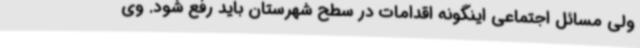
ولی مسائل اجتماعی اینگونه اقدامات در سطح شهرستان باید رفع شود. وی